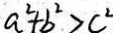
a ^ { 2 } + b ^ { 2 } > c ^ { 2 }